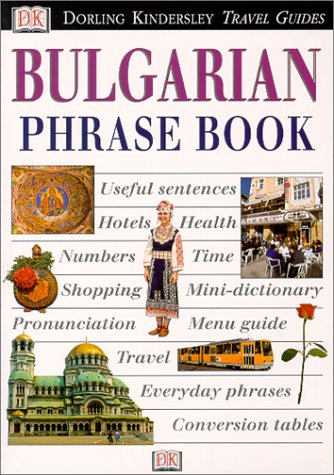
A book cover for Eyewitness Travel Phrasebook: Bulgarian; DK Publishing; Travel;